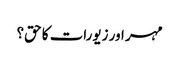
مہر اور زیورات کا حق؟